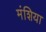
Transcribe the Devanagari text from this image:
मंशिया